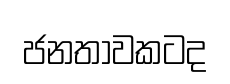
ජනතාවකටද